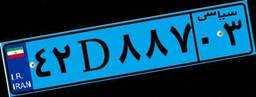
۴۲D۸۸۷۰۳